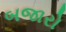
બજારો